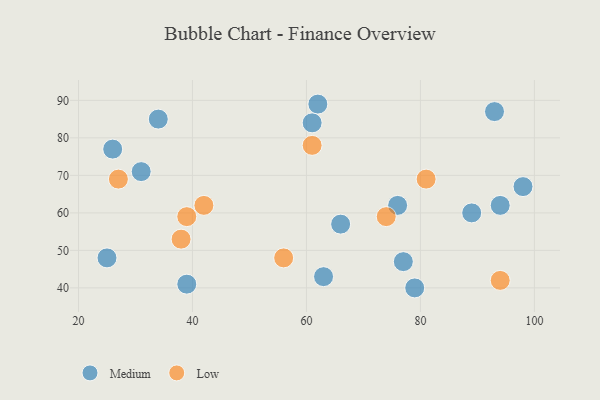
{"axis": {"x": "GDP", "y": "Life Expectancy"}, "legend": ["Low", "Medium"], "data": [{"x": "62", "y": 89, "type": "Medium"}, {"x": "61", "y": 84, "type": "Medium"}, {"x": "93", "y": 87, "type": "Medium"}, {"x": "98", "y": 67, "type": "Medium"}, {"x": "34", "y": 85, "type": "Medium"}, {"x": "25", "y": 48, "type": "Medium"}, {"x": "76", "y": 62, "type": "Medium"}, {"x": "94", "y": 62, "type": "Medium"}, {"x": "26", "y": 77, "type": "Medium"}, {"x": "77", "y": 47, "type": "Medium"}, {"x": "31", "y": 71, "type": "Medium"}, {"x": "39", "y": 41, "type": "Medium"}, {"x": "89", "y": 60, "type": "Medium"}, {"x": "66", "y": 57, "type": "Medium"}, {"x": "63", "y": 43, "type": "Medium"}, {"x": "79", "y": 40, "type": "Medium"}, {"x": "27", "y": 69, "type": "Low"}, {"x": "38", "y": 53, "type": "Low"}, {"x": "74", "y": 59, "type": "Low"}, {"x": "94", "y": 42, "type": "Low"}, {"x": "81", "y": 69, "type": "Low"}, {"x": "61", "y": 78, "type": "Low"}, {"x": "56", "y": 48, "type": "Low"}, {"x": "42", "y": 62, "type": "Low"}, {"x": "39", "y": 59, "type": "Low"}]}